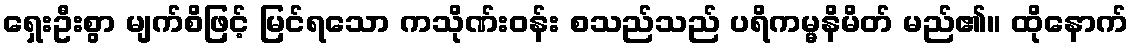
ရှေးဦးစွာ မျက်စိဖြင့် မြင်ရသော ကသိုဏ်းဝန်း စသည်သည် ပရိကမ္မနိမိတ် မည်၏။ ထိုနောက်